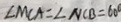
\angle M C A = \angle N C B = 6 0 ^ { \circ }